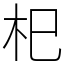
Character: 𣏌